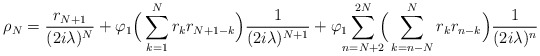
\begin{align*}\rho_N= \frac{r_{N+1}}{(2i\lambda)^N}+ \varphi_1\Big(\sum_{k=1}^{N}r_k r_{N+1-k}\Big)\frac{1}{(2i\lambda)^{N+1}} +\varphi_1\!\!\!\sum_{n=N+2}^{2N}\!\!\!\Big(\sum_{k=n-N}^{N}r_k r_{n-k}\Big)\frac{1}{(2i\lambda)^n}\end{align*}